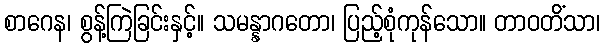
စာဂေန၊ စွန့်ကြဲခြင်းနှင့်။ သမန္နာဂတော၊ ပြည့်စုံကုန်သော။ တာဝတိံသာ၊